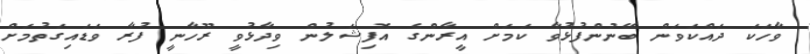
ވާހަކަ ދައްކަވަން ބޭނުންފުޅުވާ ކަމަށް އީރާންގެ އޮފިޝަލުން ވިދާޅުވީ ރޫހާނީ ފުރާ ވަޑައިގަތުމަށް